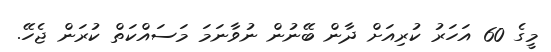
މީގެ 60 އަހަރު ކުރިއަށް ދާން ބޭނުން ނުވާނަމަ މަސައްކަތް ކުރަން ޖެހޭ.